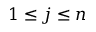
1 \le j \le n